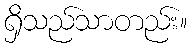
ရှိသည်သာတည်း။